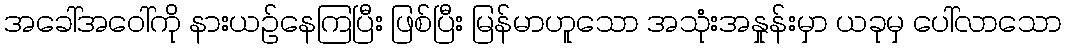
အခေါ်အဝေါ်ကို နားယဉ်နေကြပြီး ဖြစ်ပြီး မြန်မာဟူသော အသုံးအနှုန်းမှာ ယခုမှ ပေါ်လာသော